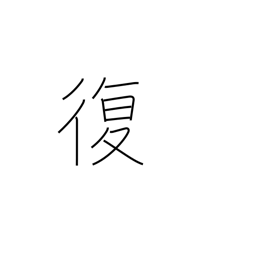
Meaning: revert